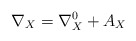
\begin{align*}\nabla_{X} = \nabla_{X}^{0} + A_{X}\end{align*}